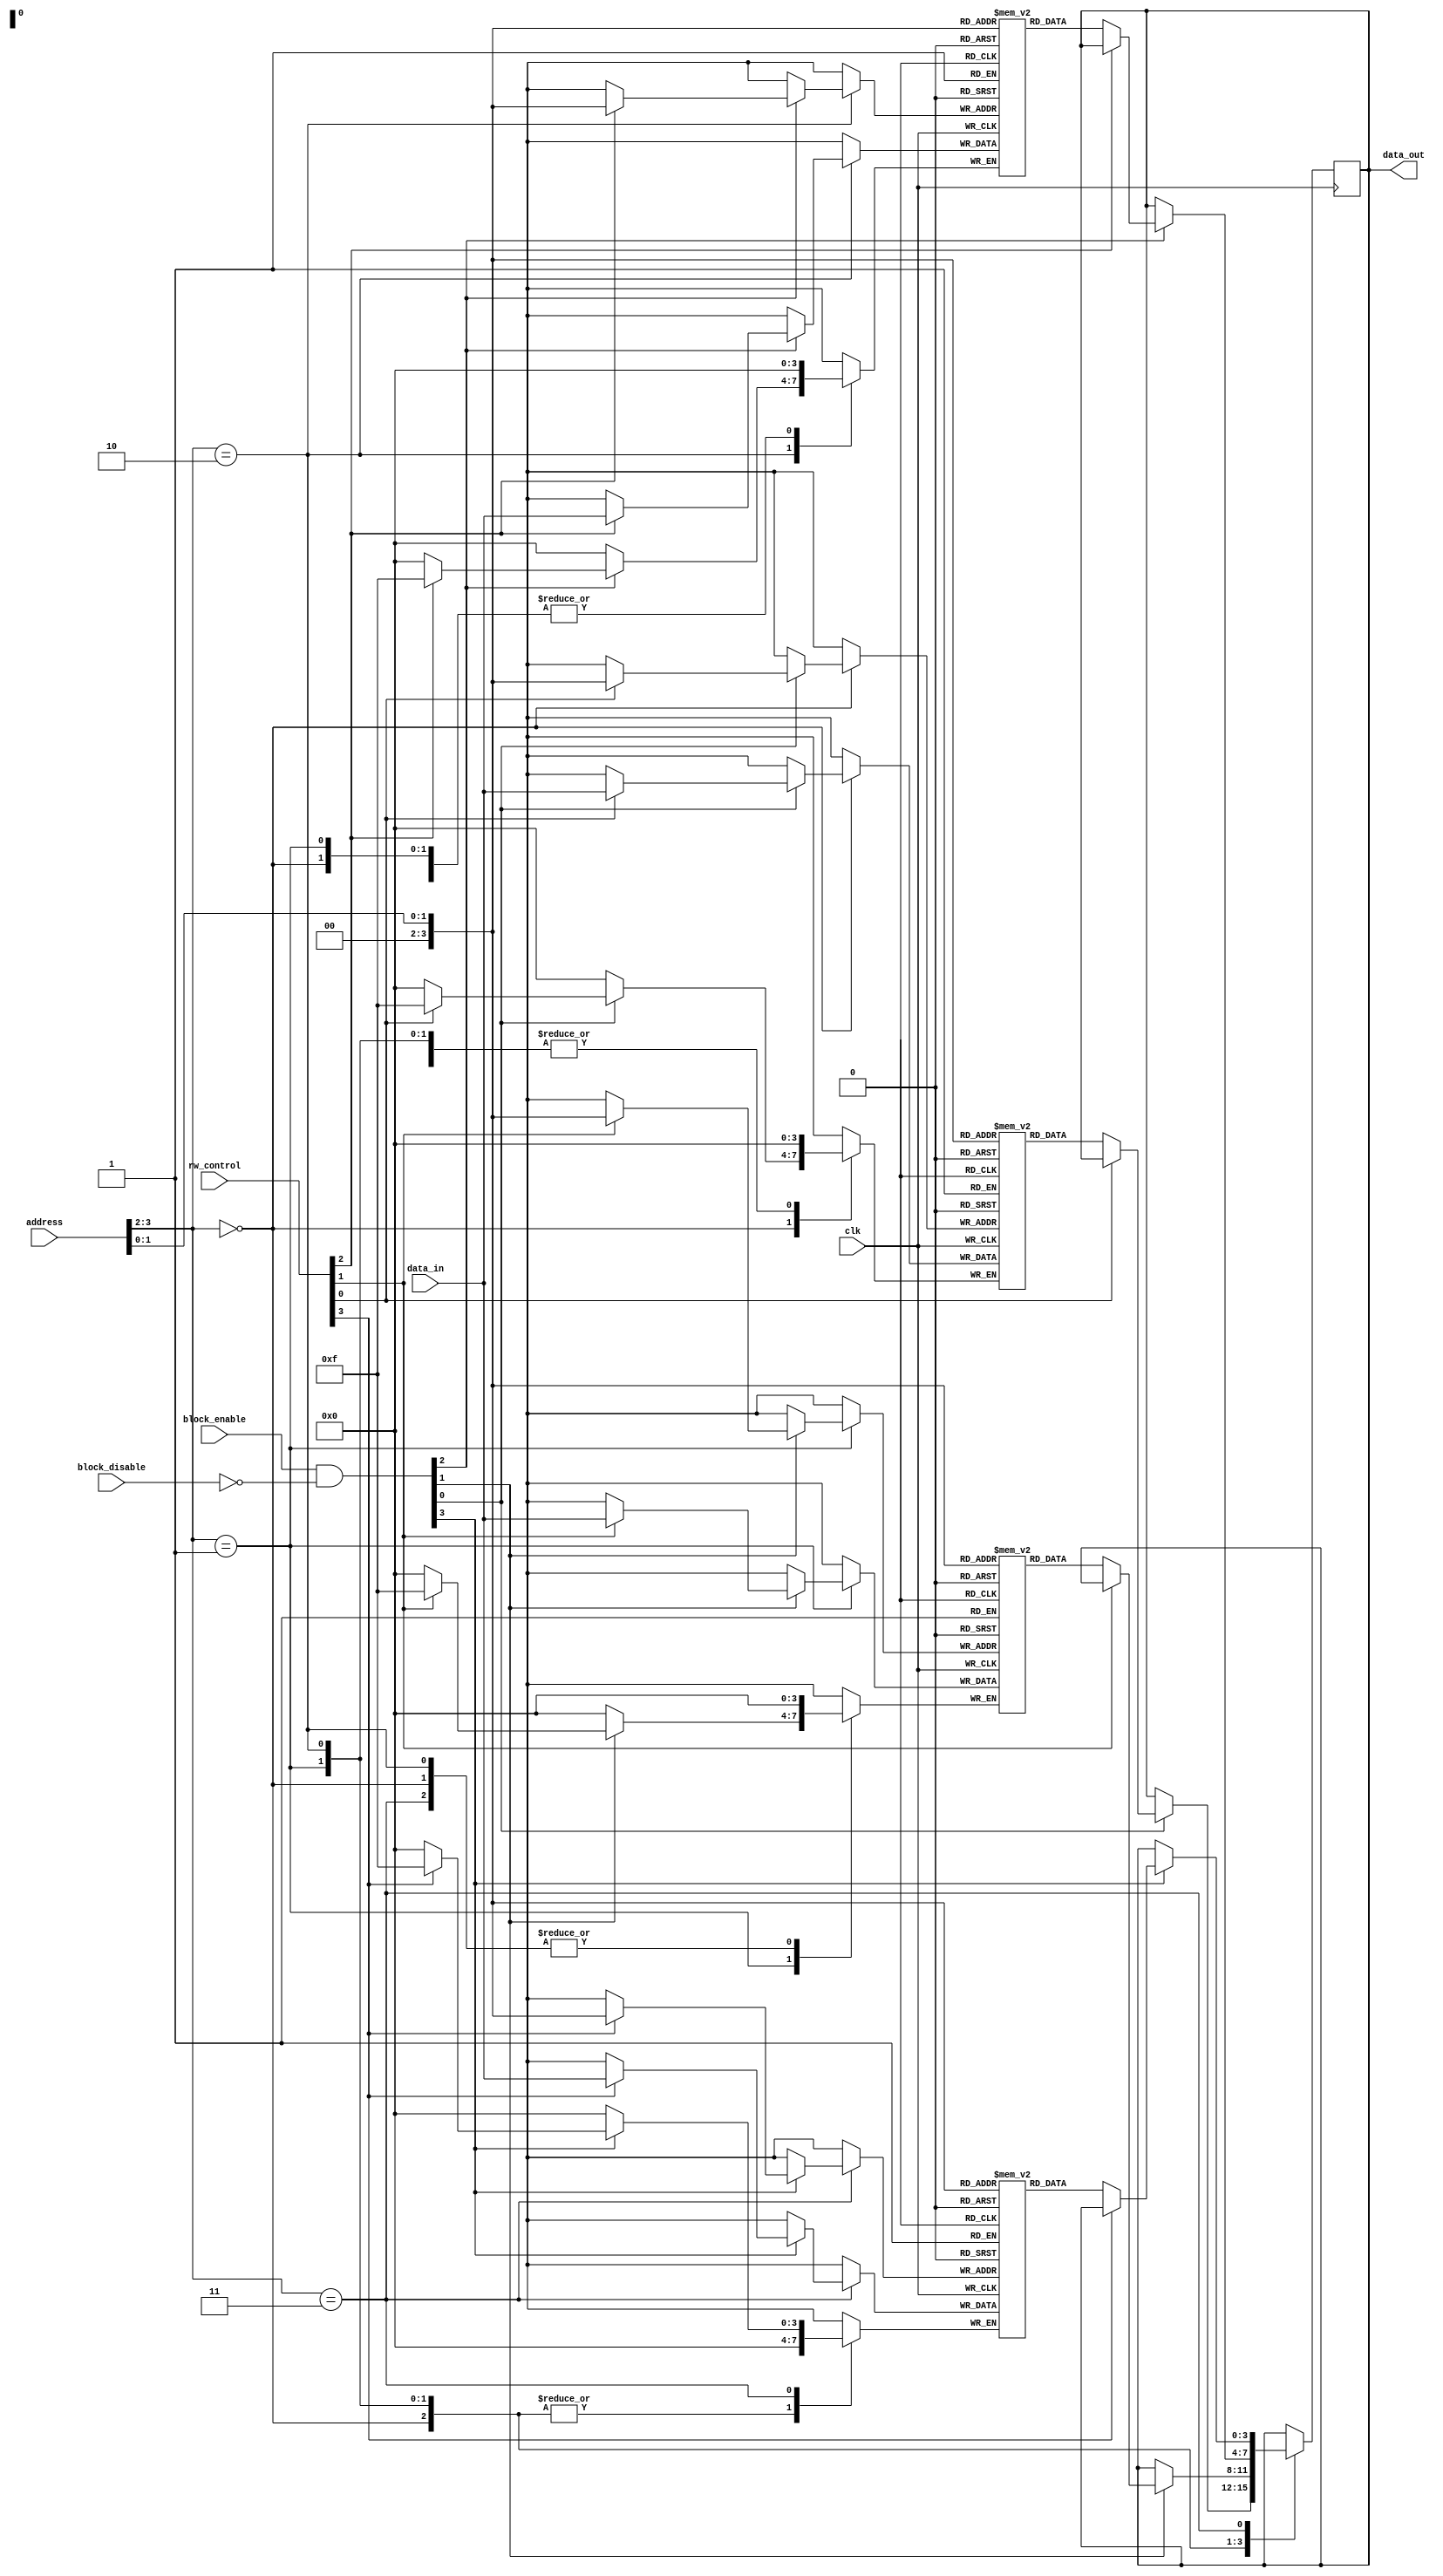
module MemoryBlockControl (
    input wire clk,               // Clock signal
    input wire [3:0] address,     // Address input for selecting memory block
    input wire [3:0] data_in,      // Data input for write operations
    output reg [3:0] data_out,     // Data output for read operations
    input wire [3:0] block_enable,  // Block Enable signals for each memory block
    input wire [3:0] block_disable, // Block Disable signals for each memory block
    input wire [3:0] rw_control     // Read/Write control signals (1 for write, 0 for read)
);

    // Memory blocks (4 blocks of 4 bits each)
    reg [3:0] memory_block_0 [0:15]; // 16 words of 4 bits
    reg [3:0] memory_block_1 [0:15];
    reg [3:0] memory_block_2 [0:15];
    reg [3:0] memory_block_3 [0:15];

    // Gating logic
    wire [3:0] block_active;
    assign block_active = block_enable & ~block_disable; // Active blocks

    // Address decoding and memory operation
    always @(posedge clk) begin
        case (address[3:2]) // Using upper 2 bits of address for block selection
            2'b00: begin
                if (block_active[0]) begin
                    if (rw_control[0]) begin
                        memory_block_0[address[1:0]] <= data_in; // Write
                    end else begin
                        data_out <= memory_block_0[address[1:0]]; // Read
                    end
                end
            end
            2'b01: begin
                if (block_active[1]) begin
                    if (rw_control[1]) begin
                        memory_block_1[address[1:0]] <= data_in; // Write
                    end else begin
                        data_out <= memory_block_1[address[1:0]]; // Read
                    end
                end
            end
            2'b10: begin
                if (block_active[2]) begin
                    if (rw_control[2]) begin
                        memory_block_2[address[1:0]] <= data_in; // Write
                    end else begin
                        data_out <= memory_block_2[address[1:0]]; // Read
                    end
                end
            end
            2'b11: begin
                if (block_active[3]) begin
                    if (rw_control[3]) begin
                        memory_block_3[address[1:0]] <= data_in; // Write
                    end else begin
                        data_out <= memory_block_3[address[1:0]]; // Read
                    end
                end
            end
            default: begin
                data_out <= 4'b0000; // Default output
            end
        endcase
    end

endmodule